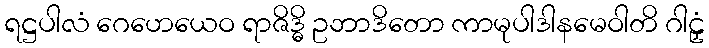
ရဋ္ဌပါလံ ဂေဟေယေဝ ရာဇိဒ္ဓိ ဥဘာဒိတော ကာမုပါဒါနမေဝါတိ ဂါဠှံ